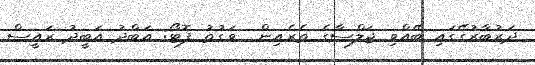
ދަރުބާރުގޭގައި ބޭއްވި ޖަލްސާގެ ތެރެއިން  ވަގުތު ފޮޓޯ: އަބްދު އަބީދު ރައީސް